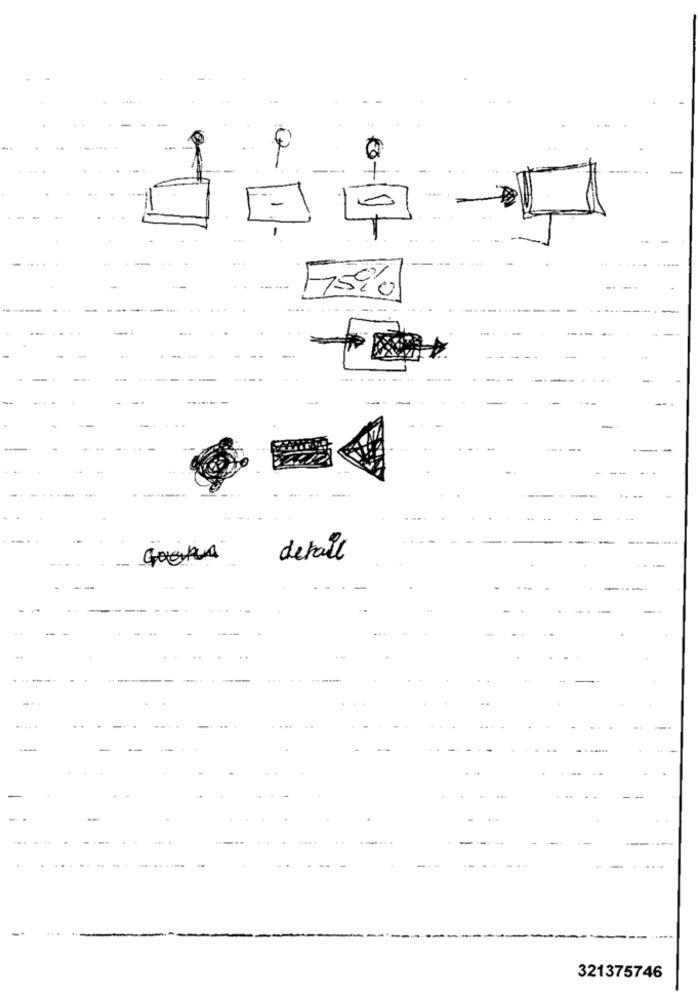
-
-
...
... ...
4+
--
.........
---
detail
.. .. .
321375746